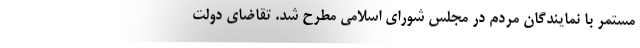
مستمر با نمایندگان مردم در مجلس شورای اسلامی مطرح شد. تقاضای دولت